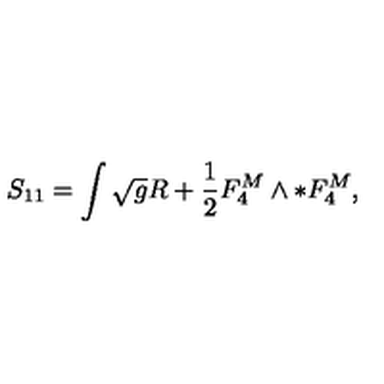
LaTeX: S _ { 1 1 } = \int \sqrt { g } R + \frac { 1 } { 2 } F _ { 4 } ^ { M } \wedge * F _ { 4 } ^ { M } ,